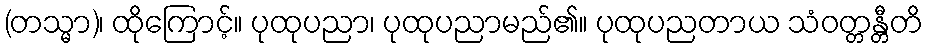
(တသ္မာ)၊ ထိုကြောင့်။ ပုထုပညာ၊ ပုထုပညာမည်၏။ ပုထုပညတာယ သံဝတ္တန္တီတိ